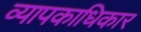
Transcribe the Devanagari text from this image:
व्यापकाधिकार